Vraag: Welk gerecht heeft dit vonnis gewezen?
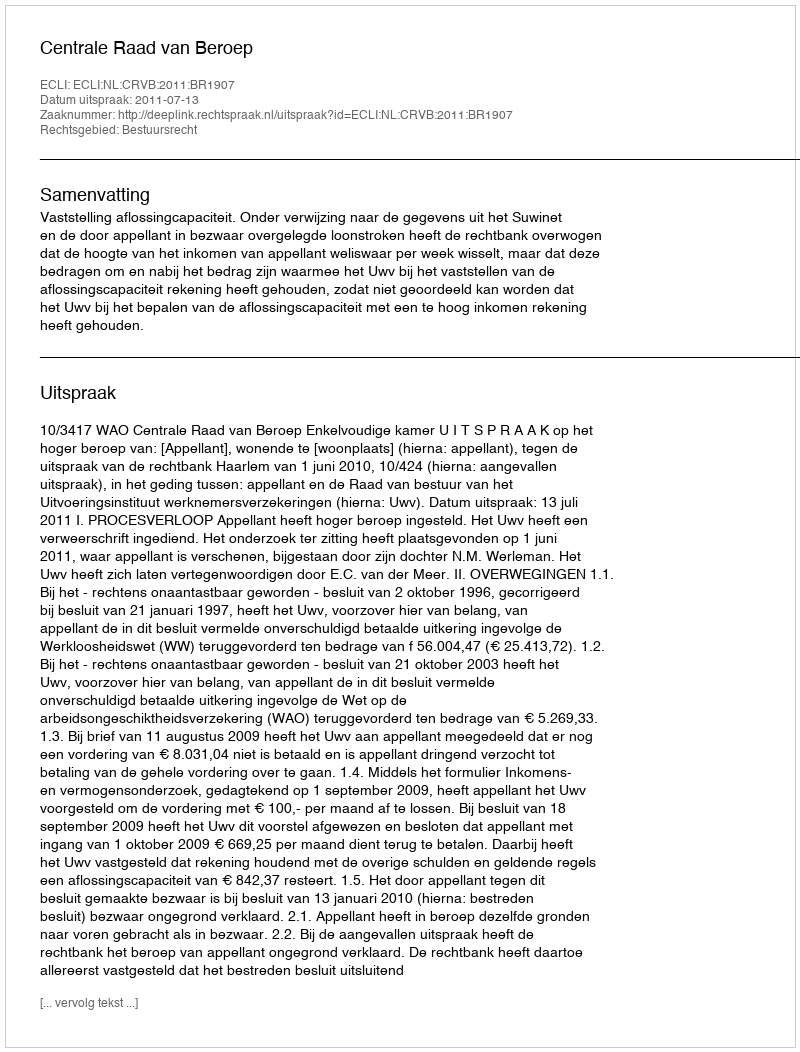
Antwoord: Centrale Raad van Beroep